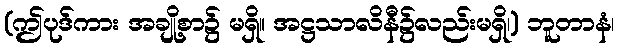
(ဤပုဒ်ကား အချို့စာ၌ မရှိ။ အဋ္ဌသာလိနီ၌လည်းမရှိ၊) ဘူတာနံ၊